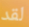
لقد